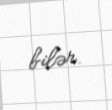
bilər.